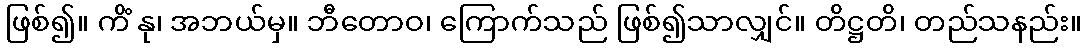
ဖြစ်၍။ ကိံ နု၊ အဘယ်မှ။ ဘီတောဝ၊ ကြောက်သည် ဖြစ်၍သာလျှင်။ တိဋ္ဌတိ၊ တည်သနည်း။